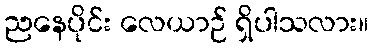
ညနေပိုင်း လေယာဉ် ရှိပါသလား။